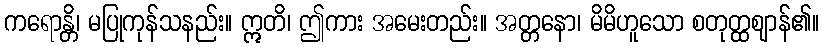
ကရောန္တိ၊ မပြုကုန်သနည်း။ ဣတိ၊ ဤကား အမေးတည်း။ အတ္တနော၊ မိမိဟူသော စတုတ္ထဈာန်၏။